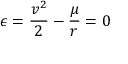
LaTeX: \epsilon = { \frac { v ^ { 2 } } { 2 } } - { \frac { \mu } { r } } = 0